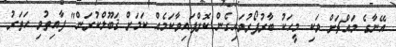
އޭނާގެ މައްޗަށް ވަކި މީހަކު ބާރުފޯރުވައިގެން ކޮށްފައިވާކަމެއް ކަމަށް ޤަބޫލްކުރަން" ފާއިތުވި ހަތަރު